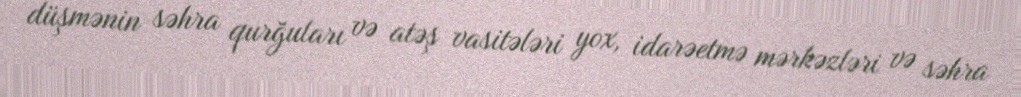
düşmənin səhra qurğuları və atəş vasitələri yox, idarəetmə mərkəzləri və səhra